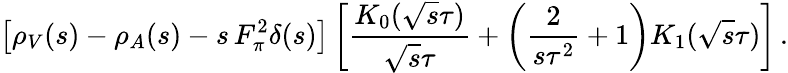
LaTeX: \left[\rho_{V}(s)-\rho_{A}(s)-s\, F_{\pi}^{2}\delta(s)\right]\left[\frac{K_{0}(\sqrt{s}\tau)}{\sqrt{s}\tau}+\left(\frac{2}{s\tau^{2}}+1\right)K_{1}(\sqrt{s}\tau)\right]\, .